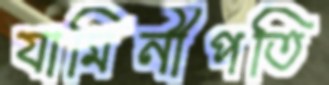
যামিনীপতি